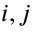
i , j